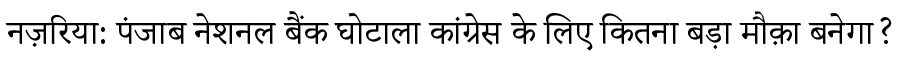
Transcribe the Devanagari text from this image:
नज़रिया: पंजाब नेशनल बैंक घोटाला कांग्रेस के लिए कितना बड़ा मौक़ा बनेगा?